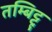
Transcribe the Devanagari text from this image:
तम्बिट्टू